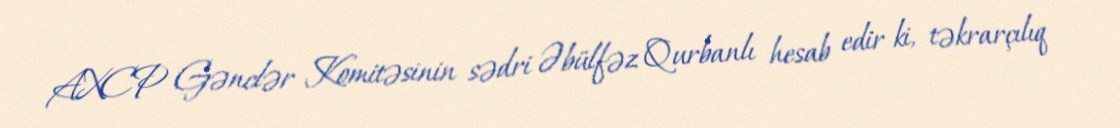
AXCP Gənclər Komitəsinin sədri Əbülfəz Qurbanlı hesab edir ki, təkrarçılıq